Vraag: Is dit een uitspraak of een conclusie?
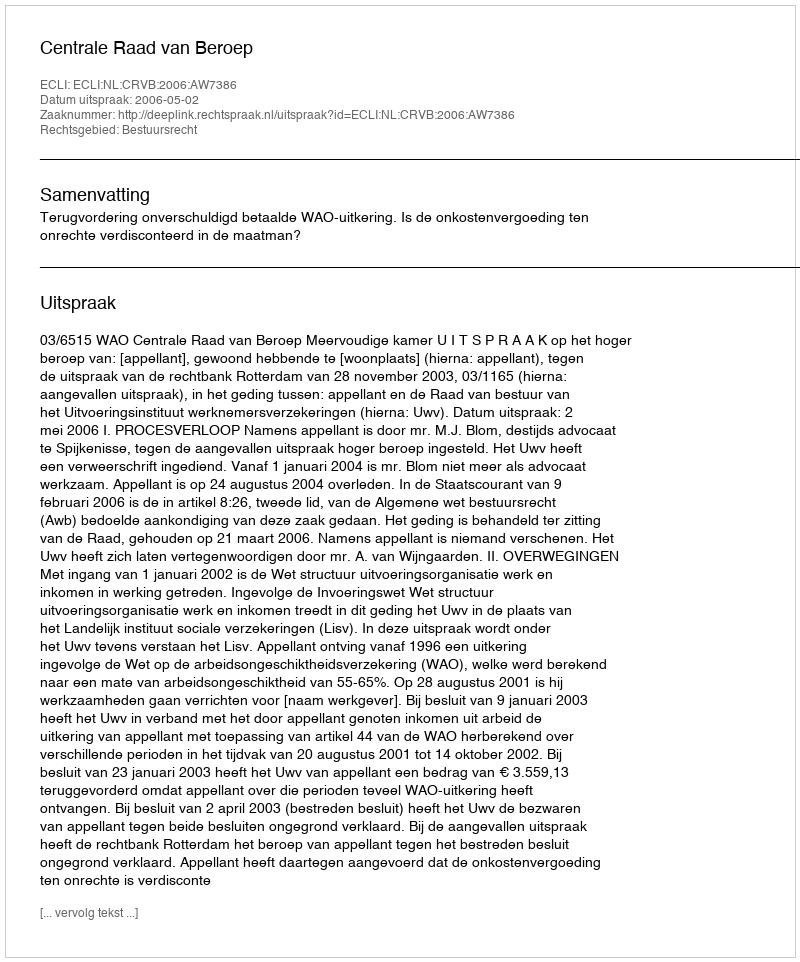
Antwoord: Uitspraak